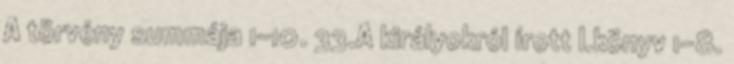
A törvény summája 1-10. 33.A királyokról írott I.könyv 1-8.